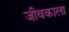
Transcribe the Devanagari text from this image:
जीवकाला